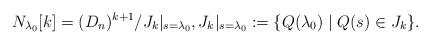
LaTeX: \begin{align*}N_{\lambda_0}[k] = (D_n)^{k+1}/J_k|_{s=\lambda_0}, J_k|_{s=\lambda_0} := \{Q(\lambda_0) \mid Q(s) \in J_k\}.\end{align*}